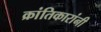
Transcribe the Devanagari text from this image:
क्रांतिकारांनी